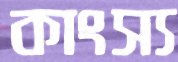
কাংস্য